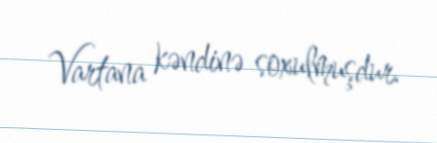
Vartana kəndinə soxulmuşdur.